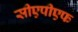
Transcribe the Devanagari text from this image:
सीएपीएफ